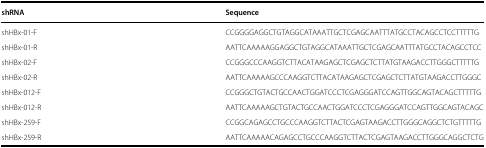
<table><thead><tr><td><b>shRNA</b></td><td><b>Sequence</b></td></tr></thead><tbody><tr><td>shHBx-01-F</td><td>CCGGGGAGGCTGTAGGCATAAATTGCTCGAGCAATTTATGCCTACAGCCTCCTTTTTG</td></tr><tr><td>shHBx-01-R</td><td>AATTCAAAAAGGAGGCTGTAGGCATAAATTGCTCGAGCAATTTATGCCTACAGCCTCC</td></tr><tr><td>shHBx-02-F</td><td>CCGGGCCCAAGGTCTTACATAAGAGCTCGAGCTCTTATGTAAGACCTTGGGCTTTTTG</td></tr><tr><td>shHBx-02-R</td><td>AATTCAAAAAGCCCAAGGTCTTACATAAGAGCTCGAGCTCTTATGTAAGACCTTGGGC</td></tr><tr><td>shHBx-012-F</td><td>CCGGGCTGTACTGCCAACTGGATCCCTCGAGGGATCCAGTTGGCAGTACAGCTTTTTG</td></tr><tr><td>shHBx-012-R</td><td>AATTCAAAAAGCTGTACTGCCAACTGGATCCCTCGAGGGATCCAGTTGGCAGTACAGC</td></tr><tr><td>shHBx-259-F</td><td>CCGGCAGAGCCTGCCCAAGGTCTTACTCGAGTAAGACCTTGGGCAGGCTCTGTTTTTG</td></tr><tr><td>shHBx-259-R</td><td>AATTCAAAAACAGAGCCTGCCCAAGGTCTTACTCGAGTAAGACCTTGGGCAGGCTCTG</td></tr></tbody></table>